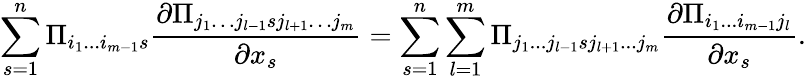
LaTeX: \sum_{s=1}^{n}\Pi_{i_{1}...i_{m-1}s}\frac{\partial\Pi_{j_{1}\dots j_{l-1}sj_{l+1}\dots j_{m}}}{\partial x_{s}}=\sum_{s=1}^{n}\sum_{l=1}^{m}\Pi_{j_{1}...j_{l-1}sj_{l+1}...j_{m}}\frac{\partial\Pi_{i_{1}...i_{m-1}j_{l}}}{\partial x_{s}}.